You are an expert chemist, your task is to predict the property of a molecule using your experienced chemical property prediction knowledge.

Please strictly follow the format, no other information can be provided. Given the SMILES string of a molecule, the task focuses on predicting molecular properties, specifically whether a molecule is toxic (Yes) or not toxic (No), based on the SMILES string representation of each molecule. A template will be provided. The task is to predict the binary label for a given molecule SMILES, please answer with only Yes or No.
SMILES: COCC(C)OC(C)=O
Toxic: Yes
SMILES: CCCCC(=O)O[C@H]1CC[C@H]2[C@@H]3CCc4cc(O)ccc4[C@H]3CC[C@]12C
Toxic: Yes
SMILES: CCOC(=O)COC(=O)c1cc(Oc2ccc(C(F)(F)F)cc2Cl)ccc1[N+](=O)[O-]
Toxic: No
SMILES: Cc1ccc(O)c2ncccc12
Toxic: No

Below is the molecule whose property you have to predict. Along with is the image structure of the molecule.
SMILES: CCN(CC)C(=O)[C@@H]1C=C2c3cccc4[nH]cc(c34)C[C@H]2N(C)C1
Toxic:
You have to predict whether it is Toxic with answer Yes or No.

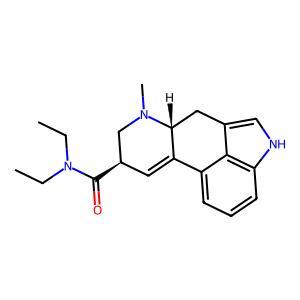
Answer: No